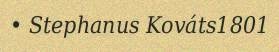
• Stephanus Kováts1801